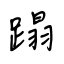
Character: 蹋